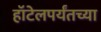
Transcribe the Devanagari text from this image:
हॉटेलपर्यंतच्या